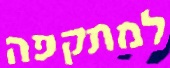
למתקפה